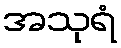
အသုရံ